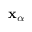
\mathbf { x } _ { \alpha }